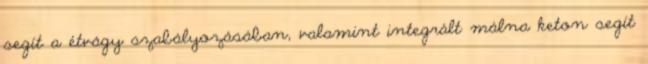
segít a étvágy szabályozásában, valamint integrált málna keton segít